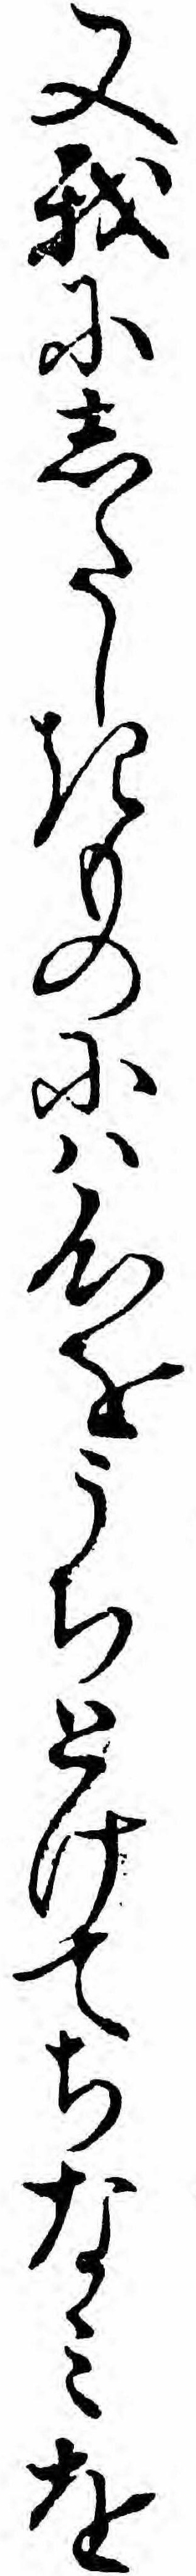
又我にしたしきものにハ心をうちとけてちなミを